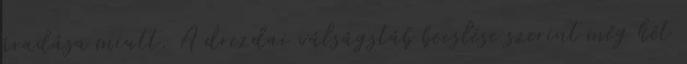
áradása miatt. A drezdai válságstáb becslése szerint még két